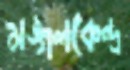
মঙ্গলকেন্দ্র